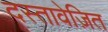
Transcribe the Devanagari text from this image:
दस्तावेज़ित